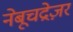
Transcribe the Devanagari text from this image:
नेबूचद्रेज़र